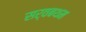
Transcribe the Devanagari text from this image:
सर्वबथम